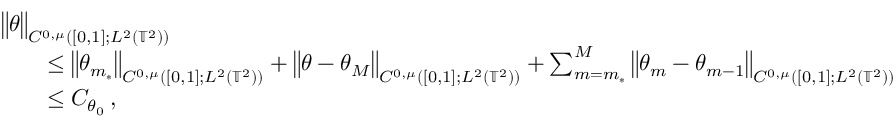
\begin{array} { r l } { \lefteqn { \big \| \theta \big \| _ { C ^ { 0 , \mu } ( [ 0 , 1 ] ; L ^ { 2 } ( \ensuremath { \mathbb { T } } ^ { 2 } ) ) } } \quad } & { } \\ & { \leq \big \| \theta _ { m _ { * } } \big \| _ { C ^ { 0 , \mu } ( [ 0 , 1 ] ; L ^ { 2 } ( \ensuremath { \mathbb { T } } ^ { 2 } ) ) } + \big \| \theta - \theta _ { M } \big \| _ { C ^ { 0 , \mu } ( [ 0 , 1 ] ; L ^ { 2 } ( \ensuremath { \mathbb { T } } ^ { 2 } ) ) } + \sum _ { m = m _ { * } } ^ { M } \big \| \theta _ { m } - \theta _ { m - 1 } \big \| _ { C ^ { 0 , \mu } ( [ 0 , 1 ] ; L ^ { 2 } ( \ensuremath { \mathbb { T } } ^ { 2 } ) ) } } \\ & { \leq C _ { \theta _ { 0 } } \, , } \end{array}